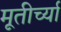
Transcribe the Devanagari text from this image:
मूतीर्च्या